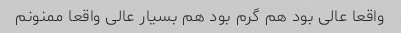
واقعا عالی بود هم گرم بود هم بسیار عالی واقعا ممنونم